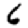
Digit: 6